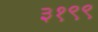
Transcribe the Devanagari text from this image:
३१९९